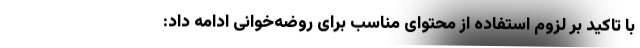
با تاکید بر لزوم استفاده از محتوای مناسب برای روضه‌خوانی ادامه داد: